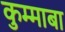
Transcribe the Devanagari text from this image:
कुम्माबा